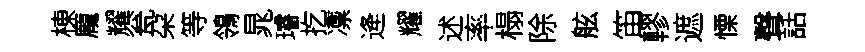
棟龐耀瓮朶等鴒晁璿扢凛逄耀述率榻除舷笛轇遮慄聲話